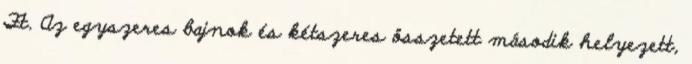
Ft. Az egyszeres bajnok és kétszeres összetett második helyezett,